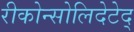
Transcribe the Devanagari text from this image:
रीकोन्सोलिदेटेद्